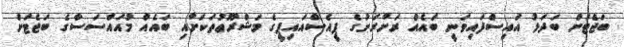
ބަޖެޓަށް ބަދަލު އައިސްފައިވަނީ ބައެއް ރަށްރަށުގެ ޕީއެސްއައިޕީގެ މަޝްރޫޢުތަކަށާއި ބައެއް މުއައްސަސާގެ ބަޖެޓަށް